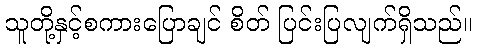
သူတို့နှင့်စကားပြောချင် စိတ် ပြင်းပြလျက်ရှိသည်။